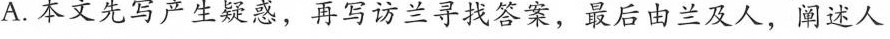
A.本文先写产生疑惑，再写访兰录战答案，最后由兰及人，阐述人